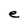
Character: e